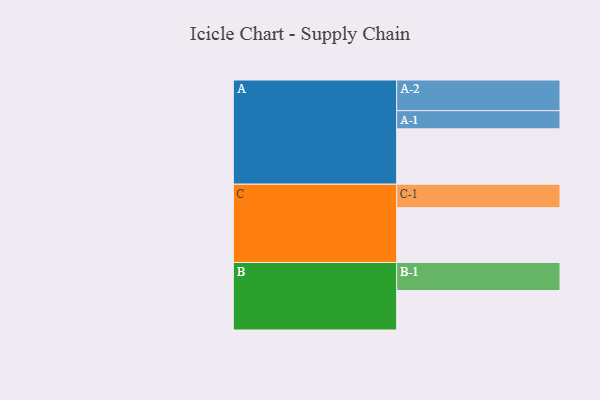
{"axis": {"x": "Segment", "y": "Value"}, "legend": ["", "A", "B", "C"], "data": [{"x": "A", "y": 484, "type": ""}, {"x": "B", "y": 345, "type": ""}, {"x": "C", "y": 479, "type": ""}, {"x": "A-1", "y": 159, "type": "A"}, {"x": "A-2", "y": 268, "type": "A"}, {"x": "B-1", "y": 245, "type": "B"}, {"x": "C-1", "y": 205, "type": "C"}]}